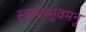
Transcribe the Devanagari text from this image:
स्वायम्भुवमनु